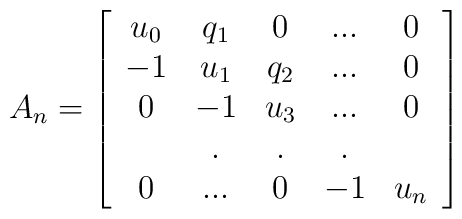
A_n=\left[ \begin{array}{ccccc} u_0 & q_1 &  0  & ... &  0  \\                                   -1  & u_1 & q_2 & ... &  0  \\                                    0  & -1  & u_3 & ... &  0  \\                                       &  .  &  .  &  .  &     \\                                    0  & ... &  0  &  -1 & u_n              \end{array} \right]